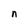
Character: n